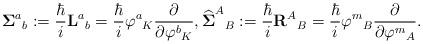
LaTeX: \begin{align*}{\boldsymbol\Sigma}^{a}{}_{b}:=\frac{\hbar}{i}{\mathbf L}^{a}{}_{b}=\frac{\hbar}{i}\varphi^{a}{}_{K}\frac{\partial}{\partial \varphi^{b}{}_{K}}, \widehat{{\boldsymbol \Sigma}}^{A}{}_{B}:=\frac{\hbar}{i}{\mathbf R}^{A}{}_{B}=\frac{\hbar}{i}\varphi^{m}{}_{B}\frac{\partial}{\partial \varphi^{m}{}_{A}}. \end{align*}